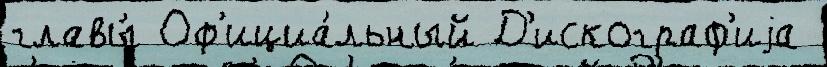
главы́ Оф'ициа́льный Д'искограф'иjа